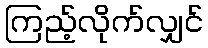
ကြည့်လိုက်လျှင်